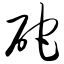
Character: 砣